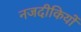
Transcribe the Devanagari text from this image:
नजदीकियों